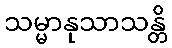
သမ္မာနုသာသန္တိ